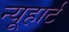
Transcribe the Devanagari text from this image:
न्यूहार्ट